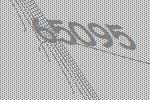
65095